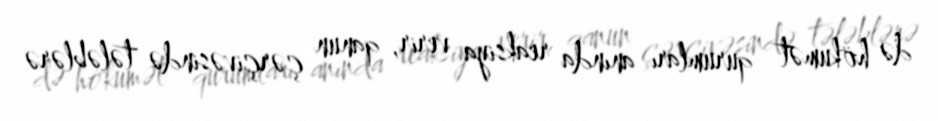
də hökumət qurumları anında reaksiya verir, qanun çərçivəsində tələblərə